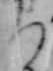
ち